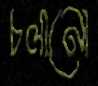
চলানো